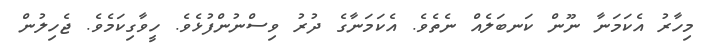
މިހާރު އެކަމަނާ ނޫން ކަނބަލެއް ނެތެވެ. އެކަމަނާގެ ދުރު ވިސްނުންފުޅެވެ. ހީވާގިކަމެވެ. ޖެހިލުން